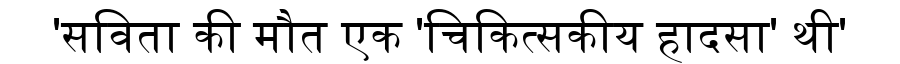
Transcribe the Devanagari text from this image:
'सविता की मौत एक 'चिकित्सकीय हादसा' थी'